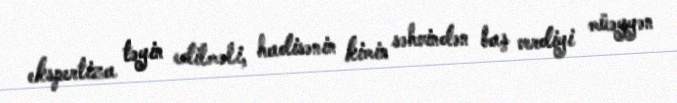
ekspertiza təyin edilməli, hadisənin kimin səhvindən baş verdiyi müəyyən